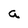
Character: a